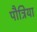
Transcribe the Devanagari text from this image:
पौत्रिया